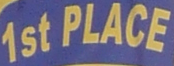
1st PLACE